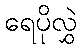
ရေပိုလွှဲ